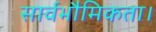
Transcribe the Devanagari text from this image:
सार्वभौमिकता।